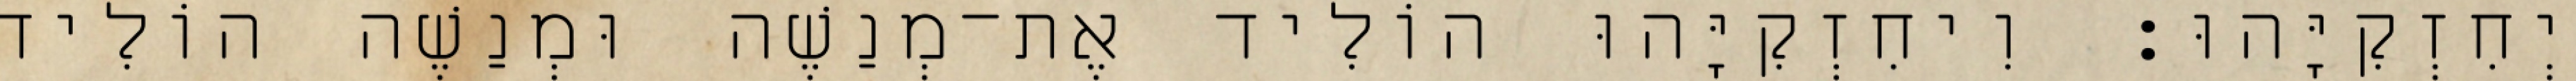
יְחִזְקִיָּהוּ׃ וִיחִזְקִיָּהוּ הוֹלִיד אֶת־מְנַשֶׁה וּמְנַשֶׁה הוֹלִיד